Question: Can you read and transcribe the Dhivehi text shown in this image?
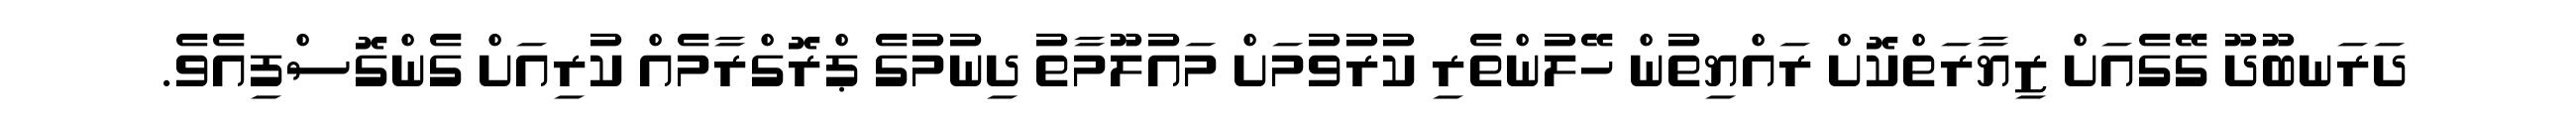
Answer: ދަރަނބޫދޫ ގޭގެއަށް ޒިޔާރަތްކޮށް ރައްޔިތުން ހޭލުންތެރި ކުރުވުމަށް މައުލޫމާތު ދިނުމުގެ ޕްރޮގްރާމެއް ކުރިއަށް ގެންގޮސްފިއެވެ.